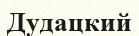
Дудацкий